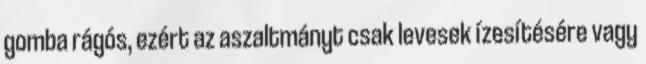
gomba rágós, ezért az aszaltmányt csak levesek ízesítésére vagy